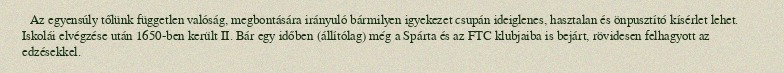
Az egyensúly tőlünk független valóság, megbontására irányuló bármilyen igyekezet csupán ideiglenes, hasztalan és önpusztító kísérlet lehet. Iskolái elvégzése után 1650-ben került II. Bár egy időben (állítólag) még a Spárta és az FTC klubjaiba is bejárt, rövidesen felhagyott az edzésekkel.